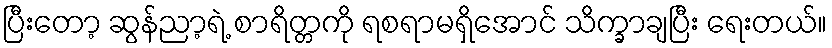
ပြီးတော့ ဆွန်ညာ့ရဲ့ စာရိတ္တကို ရစရာမရှိအောင် သိက္ခာချပြီး ရေးတယ်။